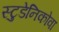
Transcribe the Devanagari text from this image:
स्टुडेनिकोवा